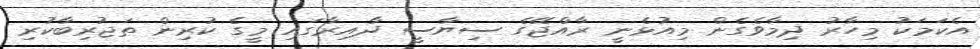
އެކަމަކު މިހާރު ދިމާވެގެން މިއުޅެނީ ރާއްޖޭގެ ސިޔާސީ ދާއިރާގައި މީގެ ކުރިން ތަޖުރިބާކުރި